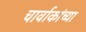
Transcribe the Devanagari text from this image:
चार्वाकांच्या